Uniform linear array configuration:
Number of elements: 24
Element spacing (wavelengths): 0.75
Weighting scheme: binomial
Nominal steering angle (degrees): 60
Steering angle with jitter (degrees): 60.138
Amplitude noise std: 0.05
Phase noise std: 0.05

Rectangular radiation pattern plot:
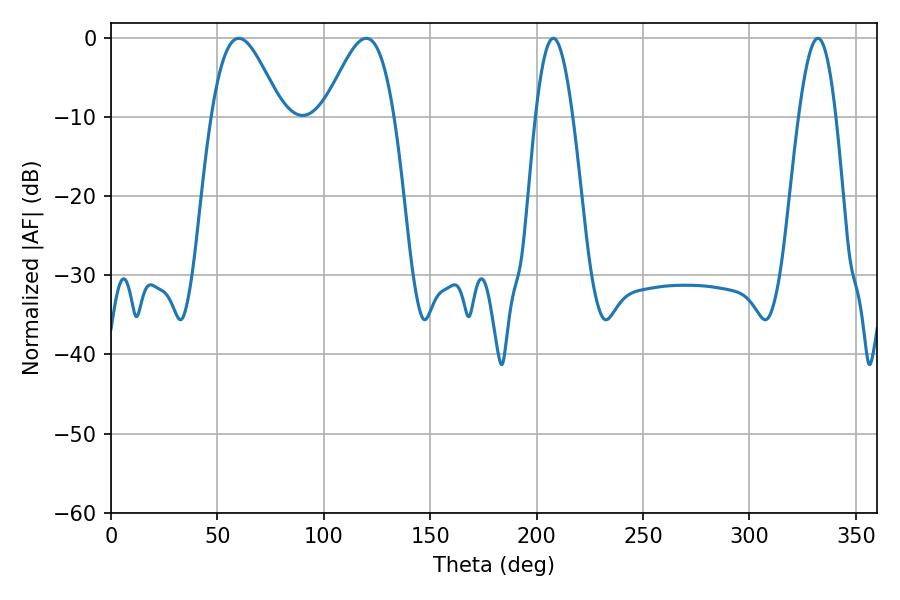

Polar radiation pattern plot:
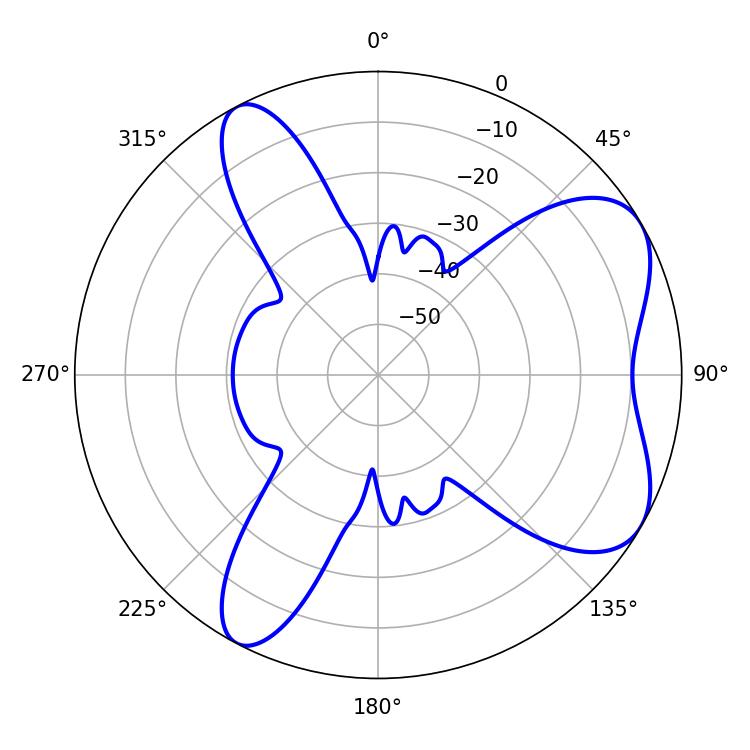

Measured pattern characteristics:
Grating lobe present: TRUE
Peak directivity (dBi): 6.445
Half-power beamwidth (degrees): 17.46
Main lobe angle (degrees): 60.12